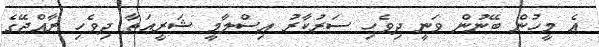
އެ މީހުން ބޭނުން ވަނީ ދިވެހި ސަރުކާރު އިސްލާމީ ޝަރީޢަތާ ދިވެހި ރާއްޖޭގެ